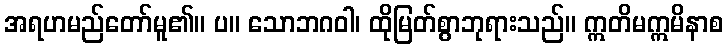
အရဟမည်တော်မူ၏။ ပ။ သောဘဂဝါ၊ ထိုမြတ်စွာဘုရားသည်။ ဣတိမဣမိနာစ